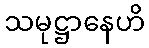
သမုဋ္ဌာနေဟိ